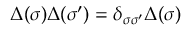
\Delta ( \sigma ) \Delta ( \sigma ^ { \prime } ) = \delta _ { \sigma \sigma ^ { \prime } } \Delta ( \sigma )